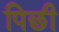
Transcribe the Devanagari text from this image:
पिछी